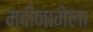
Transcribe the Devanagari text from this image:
मदीनामेला